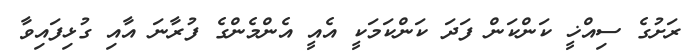
ރަށުގެ ސިއްޚީ ކަންކަން ފަދަ ކަންކަމަކީ އެއީ އެންމެންގެ ފުރާނަ އާއި ގުޅިފައިވާ